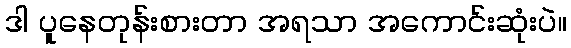
ဒါ ပူနေတုန်းစားတာ အရသာ အကောင်းဆုံးပဲ။